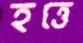
হত্তে